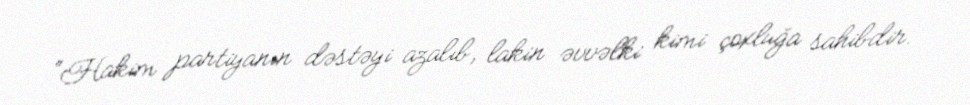
“Hakim partiyanın dəstəyi azalıb, lakin əvvəlki kimi çoxluğa sahibdir.